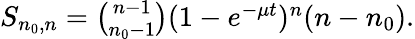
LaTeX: \begin{array}{r}{S_{n_{0},n}={\binom{n-1}{n_{0}-1}}(1-e^{-\mu t})^{n}(n-n_{0}).}\end{array}